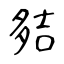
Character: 夡